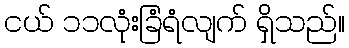
ငယ် ၁၁လုံးခြံရံလျက် ရှိသည်။